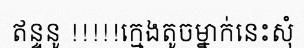
ឥន្ទនូ !!!!!ក្មេងតូចម្នាក់នេះសុំ